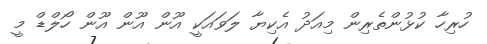
ހުރިހާ ކުޅުންތެރިން މިއަދު އެކިޔާ ލަވައަކީ އޫން އޫން އޫން ހޯލްޑް މީ